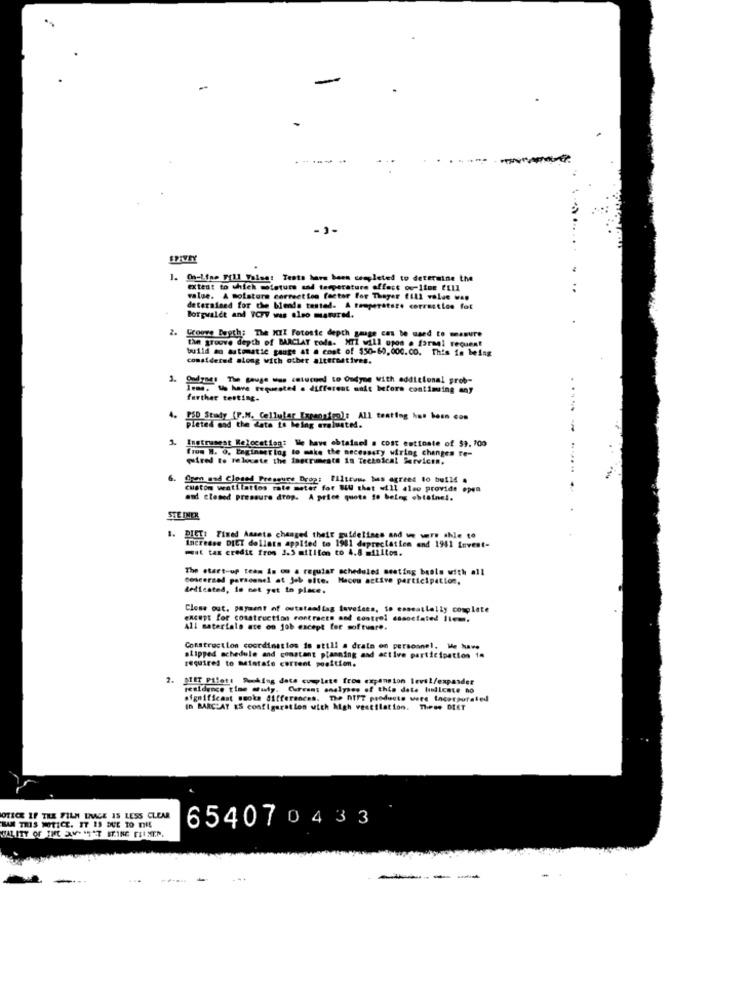
-
. ..
..
-1-
SPIVEY
1. On-Line Fill Volna: Tento have been completed to determine the
extent to which moisture and temperature offast ou-line ELll
value. A moistura correction factor for Theyer fill value wap
determined for che blends tested. A temperature correction for
Borgwaldt and WCZY was oleo matured.
2.
Groove Broch: The MII Fotoste depth gage cas be used to measure
the groove depth of BARCLAY rods. MTI will upon a farmel recuent
build an automatic gauge at a cost of $50-60,000.00. This is being
considered along with other alternatives.
3.
Oudzad: The gauge tun caturned to Oudyne With additional grob-
In. 1 have requested . different unit before continuing any
further testing.
4. PSD Study (P.M. Cellular Expansion): All teating has been con
Pleted and the date to being evaluated.
Instrumest Relocation: We have obtained a cost eutioste of $3. 700
from W. O. Engineering to make the necessary wiring changes re-
quirel to relocate the instruments in Technical Services.
Son and Closed Pressure Drop: F11truwe bes agreed to build #
custom watilatlos rate meter for BU that will also provide open
and closed pressure drop. A price quote to being obtainel.
STE INEK
DICT: Fixed Ameets changed their guidelines and we were able to
increase DIET dellats applied to 1981 depreciation and 1941 Invest-
Mit tax credit from 1.3 million to 4.8 million.
The start-up team is om a regular scheduled meeting bosio with all
concerned personnel at job ofte. Macou active participation.
dedicated, is not yet to place.
Close out. payment of outatamitag toveiees, to esseatlelly complete
except for construction contracts and control associated Ilem.
All materials are on job except for software.
Construction coordination is still a drain on persoonel. Me have
required to malatafe current position.
slipped schedule and constant planning and active participation in
2. IET Pilote Smoking data cumplete from expansion level/expander
residence time @uly. Current analyses of this date Indicate no
significant smoke differences, The ntF? producto were tacorporated
In BARC:AT &S configuration with high ventilation. These DIET
OTICE IF THE FILM LIVCE 15 LESS CLEAR
LAK THIS NOTICE. IT IS DUE TO THE
654070433
----